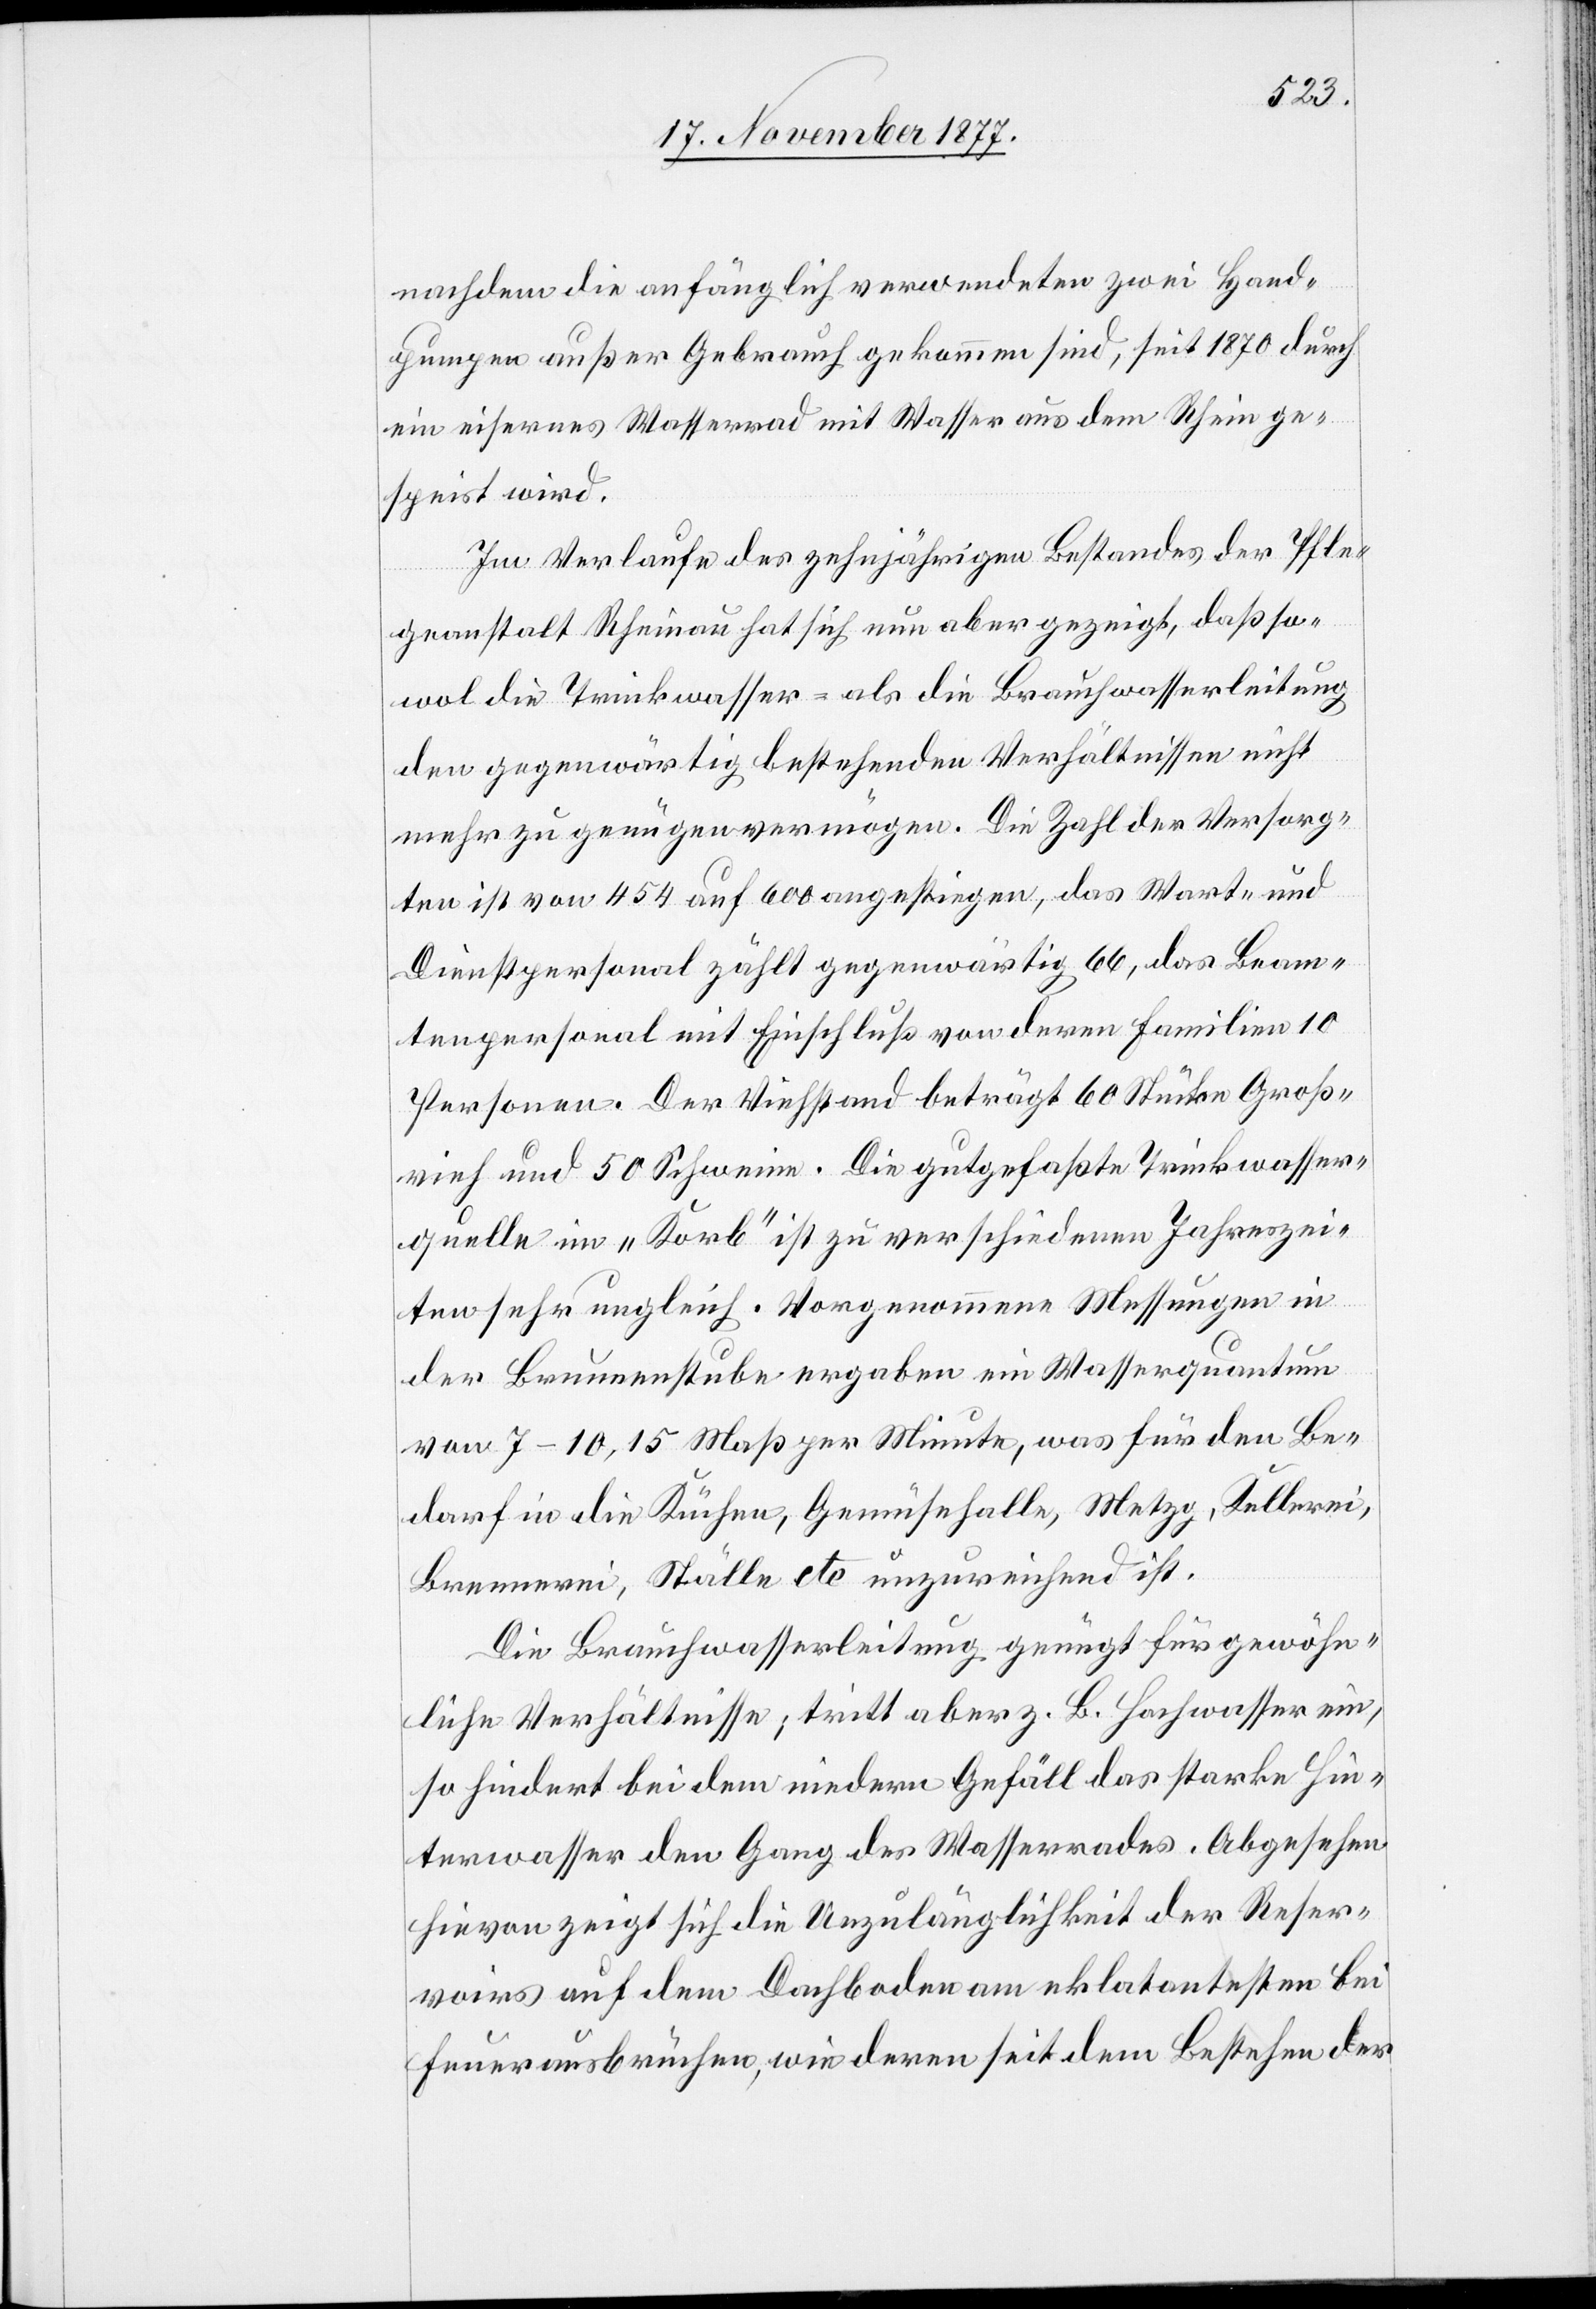
nachdem die anfänglich verwendeten zwei Hand¬
pumpen außer Gebrauch gekommen sind, seit 1870 durch
ein eisernes Wasserrad mit Wasser aus dem Rhein ge¬
speist wird.
Im Verlaufe des zehnjährigen Bestandes der Pfle¬
geanstalt Rheinau hat sich nun aber gezeigt, daß so¬
wol die Trinkwasser- als die Brauchwasserleitung
den gegenwärtig bestehenden Verhältnissen nicht
mehr zu genügen vermögen. Die Zahl der Versorg¬
ten ist von 454 auf 600 angestiegen, das Wart- und
Dienstpersonal zählt gegenwärtig 66, das Beam¬
tenpersonal mit Einschluß von deren Familien 10
Personen. Der Viehstand beträgt 60 Stücke Groß¬
vieh und 50 Schweine. Die gutgefaßte Trinkwasser¬
quelle im „Korb“ ist zu verschiedenen Jahreszei¬
ten sehr ungleich. Vorgenommene Messungen in
der Brunnenstube ergaben ein Wasserquantum
von 7–10,15 Maß per Minute, was für den Be¬
darf in die Küchen, Gemüsehalle, Metzg, Kellerei,
Brennerei, Ställe etc. unzureichend ist.
Die Brauchwasserleitung genügt für gewöhn¬
liche Verhältnisse; tritt aber z. B. Hochwasser ein,
so hindert bei dem niedern Gefäll das starke Hin¬
terwasser den Gang des Wasserrades. Abgesehen
hievon zeigt sich die Unzulänglichkeit der Reser¬
voirs auf dem Dachboden am eklatantesten bei
Feuerausbrüchen, wie deren seit dem Bestehen der